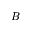
B